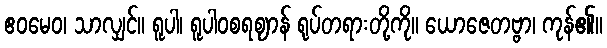
ဧဝမေဝ၊ သာလျှင်။ ရူပါ၊ ရူပါဝစရဈာန် ရုပ်တရားတို့ကို။ ယောဇေတဗ္ဗာ၊ ကုန်၏။